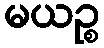
မယဉ္စ